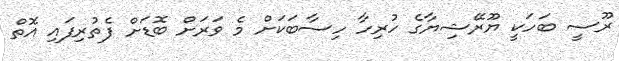
ރޫސީ ބަހަކީ ޔޫރޭޝިޔާގެ ހުރިހާ ހިސާބަކަށް މެ ވަރަށް ބޮޑަށް ފެތުރިފައި އޮތް